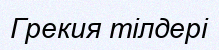
Грекия тілдері